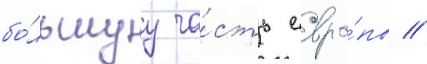
бо́льшуу ча́сть евро́пы //